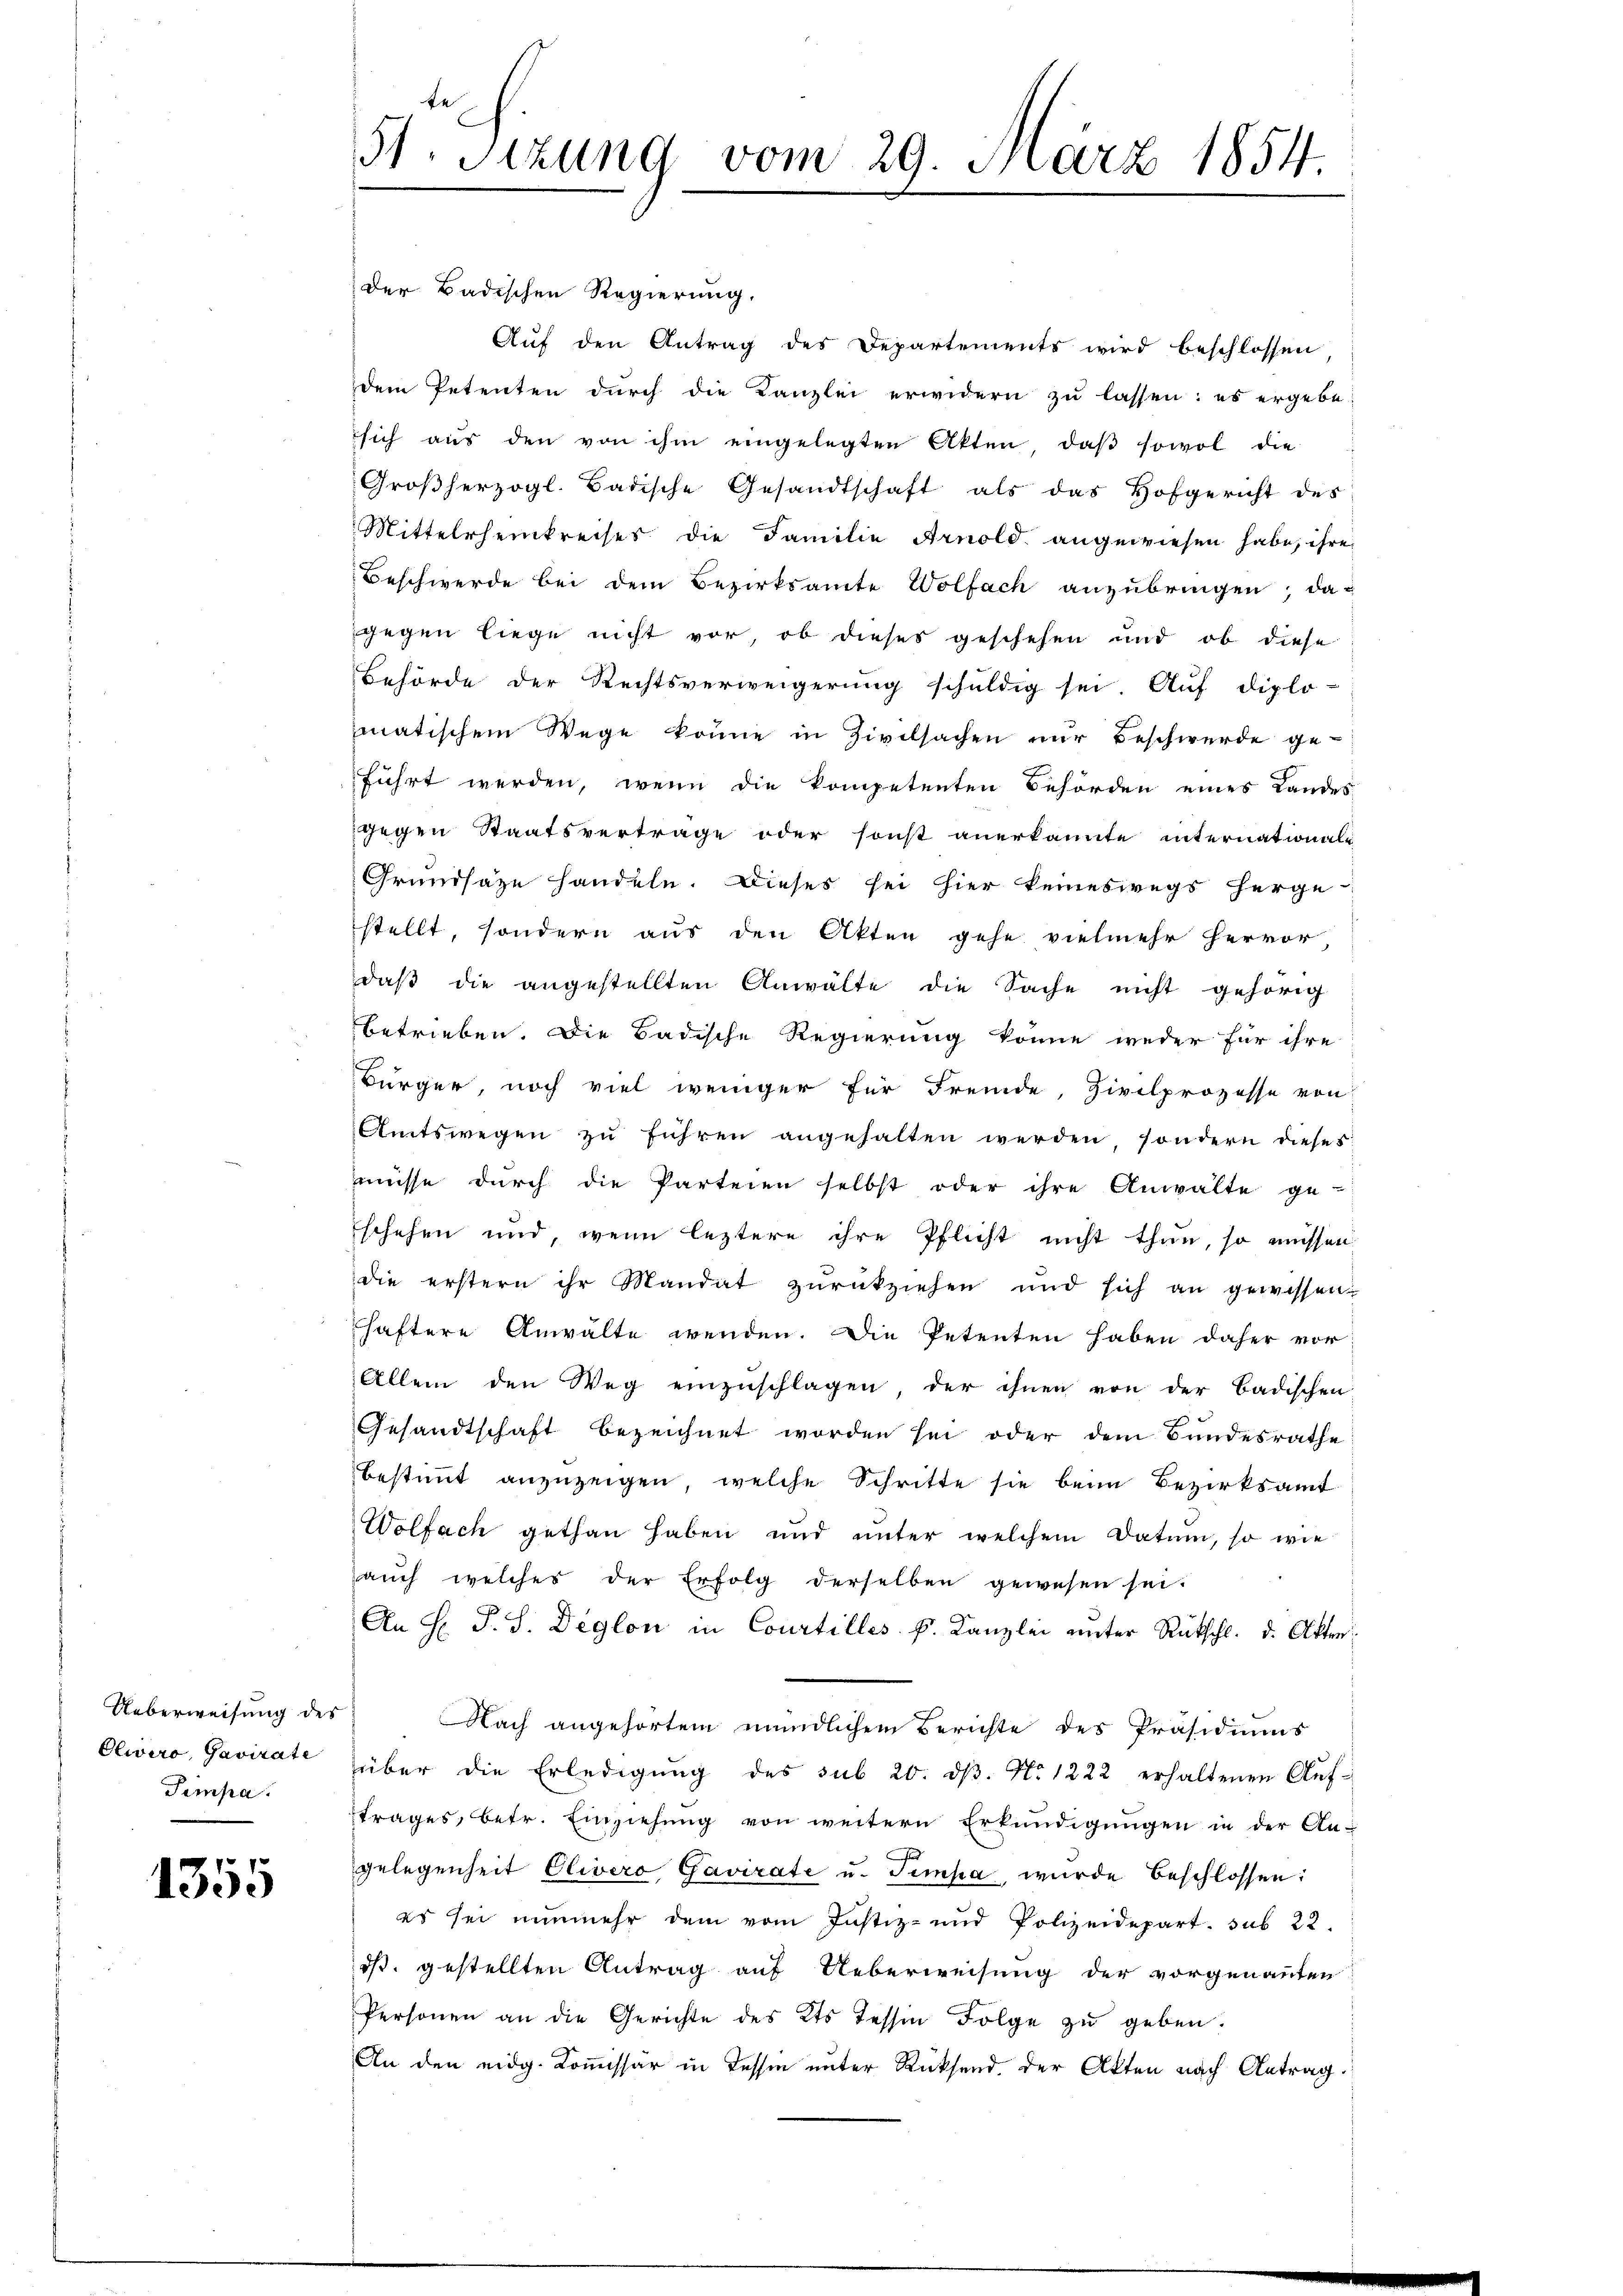
Ueberweisung des
Olwird, Gavirate
Sempa

1355

te
51. Sitzung vom 29. März 1854.

der Badischen Regierung.
Auf den Antrag des Departements wird beschlossen,
dem Petenten durch die Kanzlei erwidern zu lassen: es ergebe
sich aus den von ihm eingelegten Akten, daβ sowol die
Großherzogl. Badische Gesandtschaft als das Hofgericht des
Mittelrheinkreises die Familie Arnold angewiesen habe, ihre
Beschwerde bei dem Bezirksamte Wolfach anzubringen; dagegen liege nicht vor, ob dieses geschehen und ob diese
Behörde der Rechtsverweigerung schuldig sei. Auf diplo-
matischem Wege könne in Zivilsachen nur Beschwerde geführt werden, wenn die kompetenten Behörden eines Landes
gegen Staatsvertrage oder sonst anerkannte internationals
Grundsaze handeln. Dieses sei hier keineswegs herge
stellt, sondern aus den Akten gehe vielmehr hervor
daβ die angestellten Anwälte die Sache nicht gehörig
betrieben. Die Badische Regierung könne weder für ihre
Bürger, noch viel weniger für Fremde, Zivilprozesse von
Amtswegen zu führen angehalten werden sondern dieses
müsse durch die Parteien selbst oder ihre Anwalte ge-
schehen und, wenn leztere ihre Pflicht nicht thun, so müssen
die erstern ihr Mandat zurückziehen und sich an gewissen
haftere Anwälte wenden. Die Petenten haben daher vor
Allein den Weg einzuschlagen der ihnen von der Badischen
Gesandtschaft bezeichnet worden sei oder dem Bundesrathe
bestimmt anzuzeigen, welche Schritte sie beim Bezirksamt
Wolfach gethan haben und unter welchem Datum, so wie
aŭch welches der Erfolg derselben gewesen sei.
An H. P. S. Deglon in Courtilles k. Kanzlei unter Rückschl. d. Akten
Nach angehörtem mündlichem Berichte des Präsidiums
über die Erledigŭng des sub 20. dβ. No. 1222 erhaltenen Aŭf-
trages, betr. Einziehŭng von weitern Erkundigŭngen in der An-
.
gelegenheit Olivero Gavirate u. Simpa wurde beschlossen:
es sei nunmehr dem vom Justiz- und Polizeidepart, sub 22
ds. gestellten Antrag auf Ueberweisung der vorgenannten
Personen an die Gerichte des Kts. Tessin Folge zŭ geben.
An den eidg. Kommissär in Tessin unter Rücksend, der Akten nach Antrag.